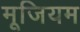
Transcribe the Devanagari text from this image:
मूजियम